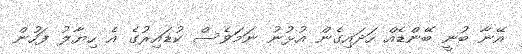
އޭނާ ބުނީ ބޭންޑެއް ހަދައިގެން އުޅުނު ނަމަވެސް ކުޑައިރުގެ އެ ހިޔާލު ފަހުން